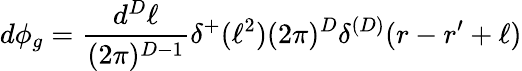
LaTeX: d\phi_{g}=\frac{d^{D}\ell}{(2\pi)^{D-1}}\delta^{+}(\ell^{2})(2\pi)^{D}\delta^{(D)}(r-r^{\prime}+\ell)